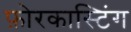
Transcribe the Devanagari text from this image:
फ़ोरकास्टिंग